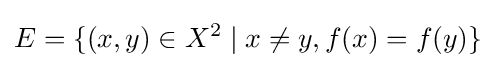
E=\{(x,y)\in X^{2}\mid x\neq y,f(x)=f(y)\}